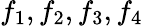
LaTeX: f_{1},f_{2},f_{3},f_{4}